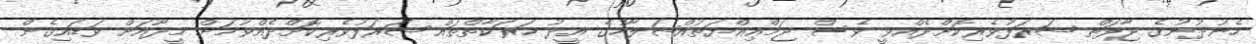
ހެނުދުނުގެ ޖާފަތް ޝަރަފުވެރިކޮށްދެއްވީ ވެސް ޖަމްޢިއްޔަތުއްޞަލާހުގެ އީދު ހަރަކާތްތައް ޝަރަފުވެރިކޮށްދެއްވުމަށް މީދޫއަށް ވަޑައިގެން